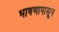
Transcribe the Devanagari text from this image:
भाषणापासून